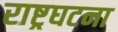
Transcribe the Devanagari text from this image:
राष्ट्रघटना